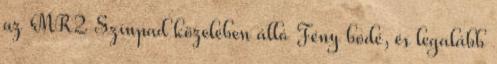
az MR2 Színpad közelében álló Fény bódé, és legalább